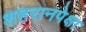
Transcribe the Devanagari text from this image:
शहरानपेक्षा